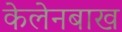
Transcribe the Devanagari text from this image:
केलेनबाख